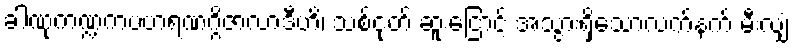
ခါဏုကဏ္ဍကပဟရဏဂ္ဂိဇာလာဒီဟိ၊ သစ်ငုတ် ဆူးငြောင့် အသွားရှိသောလက်နက် မီးလျှံ